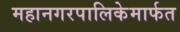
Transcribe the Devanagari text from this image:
महानगरपालिकेमार्फत